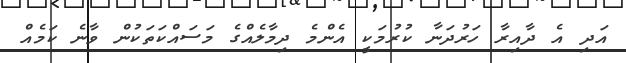
އަދި އެ ދާއިރާ ހަރުދަނާ ކުރުމަކީ އެންމެ ދިމާލެއްގެ މަސައްކަތަކުން ވާނެ ކަމެއް